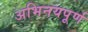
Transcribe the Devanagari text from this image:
अभिनयपूर्ण